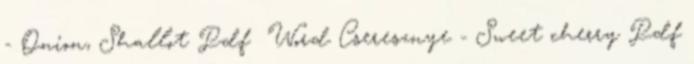
- Onion, Shallot Pdf Word Cseresznye - Sweet cherry Pdf